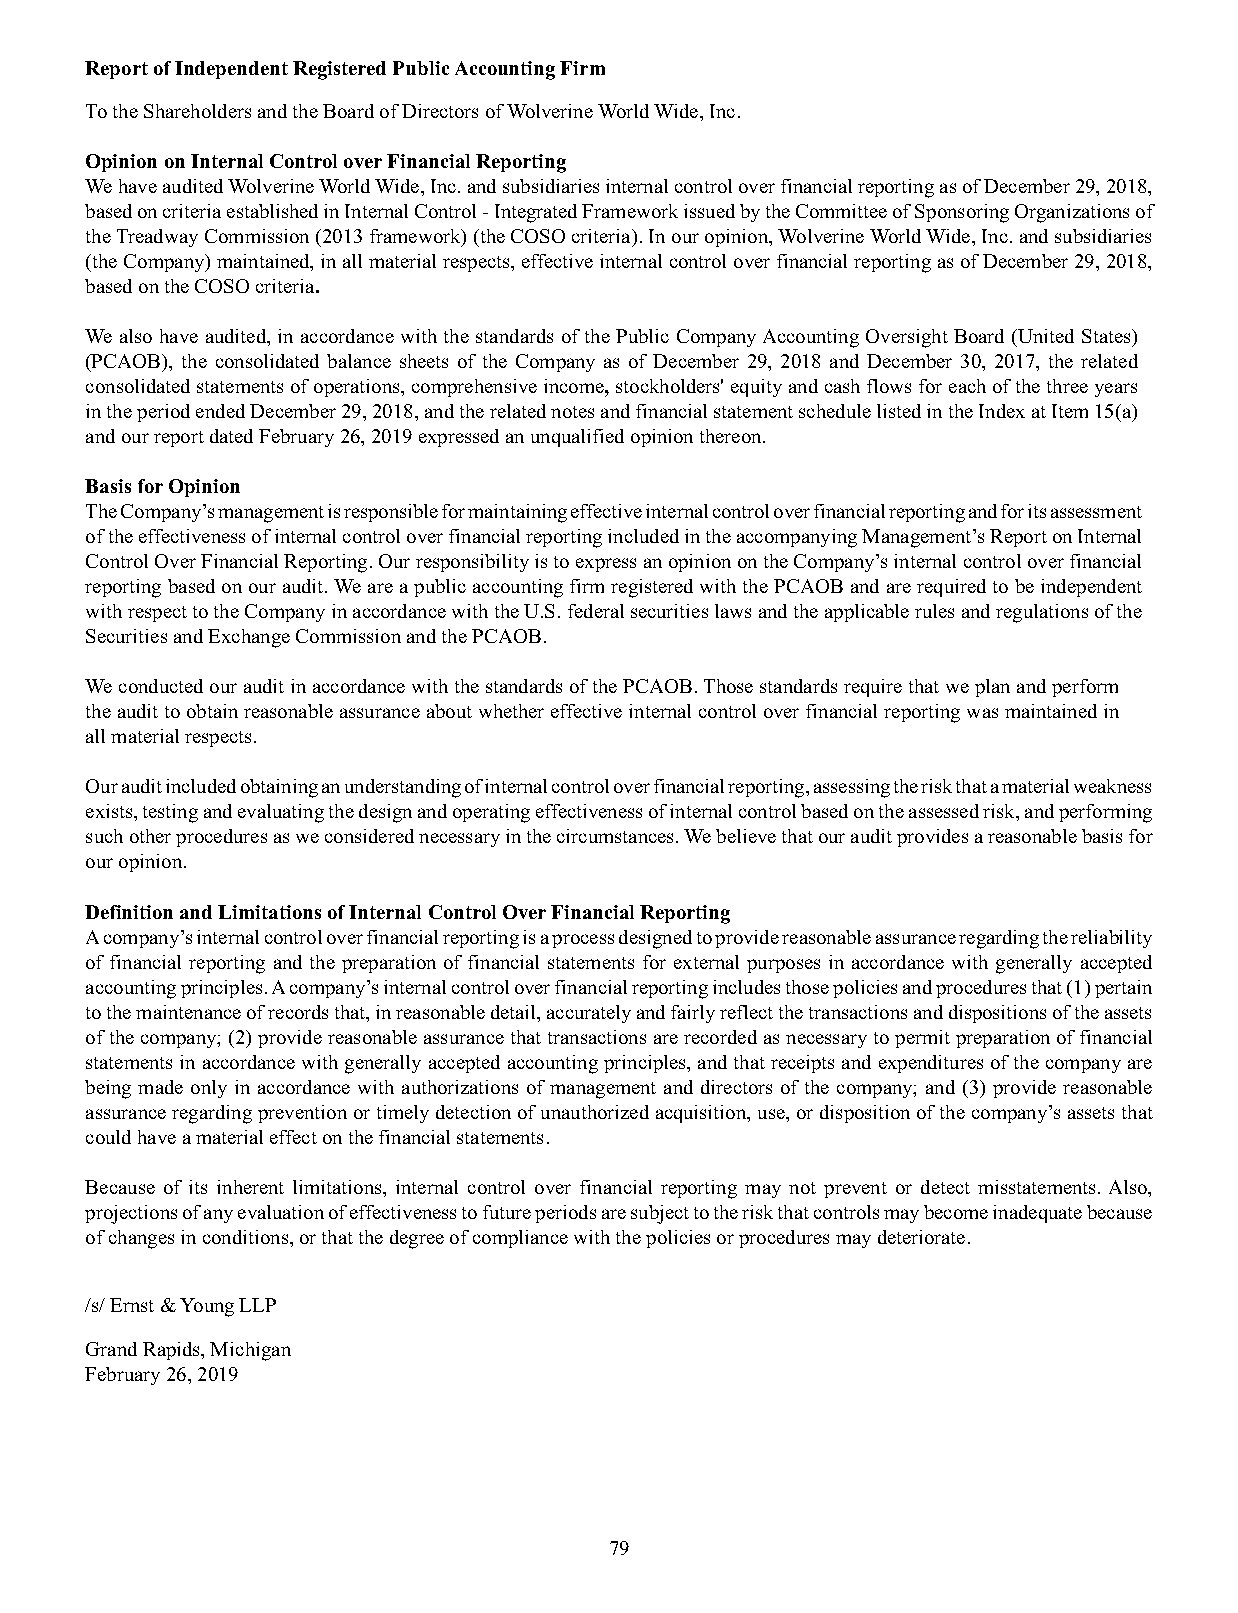
Report of Independent Registered Public Accounting Firm
 To the Shareholders and the Board of Directors of Wolverine World Wide, Inc.
 Opinion on Internal Control over Financial Reporting
 We have audited Wolverine World Wide, Inc. and subsidiaries internal control over financial reporting as of December 29, 2018,
 based on criteria established in Internal Control - Integrated Framework issued by the Committee of Sponsoring Organizations of
 the Treadway Commission (2013 framework) (the COSO criteria). In our opinion, Wolverine World Wide, Inc. and subsidiaries
 (the Company) maintained, in all material respects, effective internal control over financial reporting as of December 29, 2018,
 based on the COSO criteria.
 We also have audited, in accordance with the standards of the Public Company Accounting Oversight Board (United States)
 (PCAOB), the consolidated balance sheets of the Company as of December 29, 2018 and December 30, 2017, the related
 consolidated statements of operations, comprehensive income, stockholders' equity and cash flows for each of the three years
 in the period ended December 29, 2018, and the related notes and financial statement schedule listed in the Index at Item 15(a)
 and our report dated February 26, 2019 expressed an unqualified opinion thereon.
 Basis for Opinion
 The Company’s management is responsible for maintaining effective internal control over financial reporting and for its assessment
 of the effectiveness of internal control over financial reporting included in the accompanying Management’s Report on Internal
 Control Over Financial Reporting. Our responsibility is to express an opinion on the Company’s internal control over financial
 reporting based on our audit. We are a public accounting firm registered with the PCAOB and are required to be independent
 with respect to the Company in accordance with the U.S. federal securities laws and the applicable rules and regulations of the
 Securities and Exchange Commission and the PCAOB.
 We conducted our audit in accordance with the standards of the PCAOB. Those standards require that we plan and perform
 the audit to obtain reasonable assurance about whether effective internal control over financial reporting was maintained in
 all material respects.
 Our audit included obtaining an understanding of internal control over financial reporting, assessing the risk that a material weakness
 exists, testing and evaluating the design and operating effectiveness of internal control based on the assessed risk, and performing
 such other procedures as we considered necessary in the circumstances. We believe that our audit provides a reasonable basis for
 our opinion.
 Definition and Limitations of Internal Control Over Financial Reporting
 A company’s internal control over financial reporting is a process designed to provide reasonable assurance regarding the reliability
 of financial reporting and the preparation of financial statements for external purposes in accordance with generally accepted
 accounting principles. A company’s internal control over financial reporting includes those policies and procedures that (1) pertain
 to the maintenance of records that, in reasonable detail, accurately and fairly reflect the transactions and dispositions of the assets
 of the company; (2) provide reasonable assurance that transactions are recorded as necessary to permit preparation of financial
 statements in accordance with generally accepted accounting principles, and that receipts and expenditures of the company are
 being made only in accordance with authorizations of management and directors of the company; and (3) provide reasonable
 assurance regarding prevention or timely detection of unauthorized acquisition, use, or disposition of the company’s assets that
 could have a material effect on the financial statements.
 Because of its inherent limitations, internal control over financial reporting may not prevent or detect misstatements. Also,
 projections of any evaluation of effectiveness to future periods are subject to the risk that controls may become inadequate because
 of changes in conditions, or that the degree of compliance with the policies or procedures may deteriorate.
 /s/ Ernst & Young LLP
 Grand Rapids, Michigan
 February 26, 2019
 79